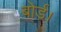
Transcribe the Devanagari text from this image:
बोर्ड।